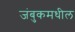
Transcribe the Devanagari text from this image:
जंबुकमधील